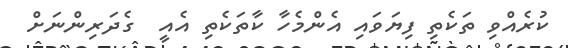
ކުރެއްވި ތަކެތި ފިޔަވައި އެންމެހާ ކާތަކެތި އެއީ  ގެދަރިންނަށް